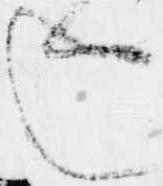
し